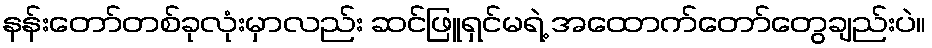
နန်းတော်တစ်ခုလုံးမှာလည်း ဆင်ဖြူရှင်မရဲ့ အထောက်တော်တွေချည်းပဲ။